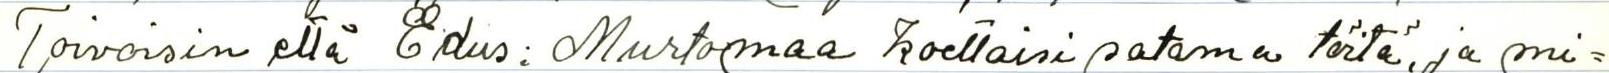
Toivoisin että Edus: Murtomaa koettaisi satama töitä, ja mi=